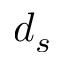
d _ { s }